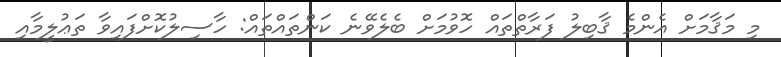
މި މަޤާމަށް އެންމެ ޤާބިލު ފަރާތްތައް ހޮވުމަށް ބެލެވޭނެ ކަންތައްތައް: ހާސިލުކޮށްފައިވާ ތަޢުލީމާއި